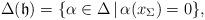
LaTeX: \begin{align*}\Delta(\mathfrak{h})=\{\alpha\in\Delta\,|\,\alpha(x_{\Sigma})=0\},\end{align*}